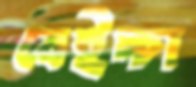
বেইচ্চা